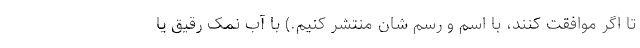
تا اگر موافقت کنند، با اسم و رسم شان منتشر کنیم.) با آب نمک رقیق یا